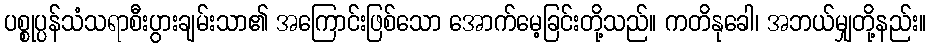
ပစ္စုပ္ပန်သံသရာစီးပွားချမ်းသာ၏ အကြောင်းဖြစ်သော အောက်မေ့ခြင်းတို့သည်။ ကတိနုခေါ၊ အဘယ်မျှတို့နည်း။